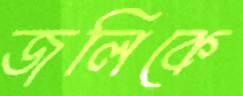
জলিকে